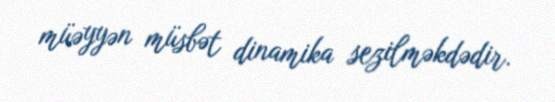
müəyyən müsbət dinamika sezilməkdədir.